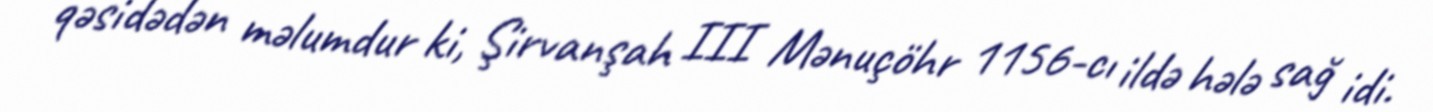
qəsidədən məlumdur ki, Şirvanşah III Mənuçöhr 1156-cı ildə hələ sağ idi.